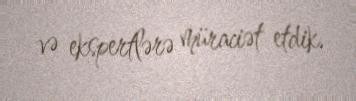
və ekspertlərə müraciət etdik.